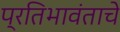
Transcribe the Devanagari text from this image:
प्रतिभावंताचे